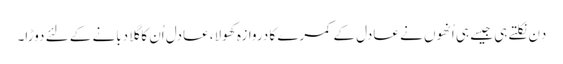
دِن نکلتے ہی جیسے ہی اُنھوں نے عادل کے کمرے کا دروازہ کھولا، عادل اُن کا گلا دبانے کے لئے دوڑا۔